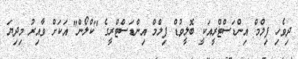
ދިވެހި ފިލްމް އިންޑަސްޓްރީއަކީ ބޮލީވުޑް ފިލްމް އިންޑަސްޓްރީގެ "ކްލޯން" އަކަށް ވާއިރު މިދިޔަ